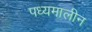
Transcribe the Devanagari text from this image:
पध्यमालीन